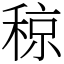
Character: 稤